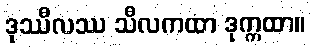
ဒုဿီလဿ သီလကထာ ဒုက္ကထာ။